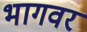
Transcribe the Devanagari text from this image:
भागवर